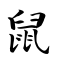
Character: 鼠